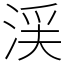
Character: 渓